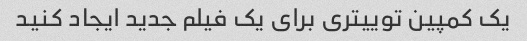
یک کمپین توییتری برای یک فیلم جدید ایجاد کنید